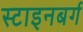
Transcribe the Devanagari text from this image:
स्टाइनबर्ग